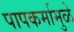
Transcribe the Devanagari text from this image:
पापकर्मामुळे